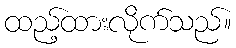
ထည့်ထားလိုက်သည်။